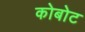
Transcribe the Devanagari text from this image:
कोबोट